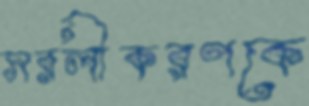
সরলীকরণকে